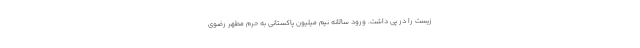
زیست را در پی داشت. ورود سالانه نیم میلیون پاکستانی به حرم مطهر رضوی